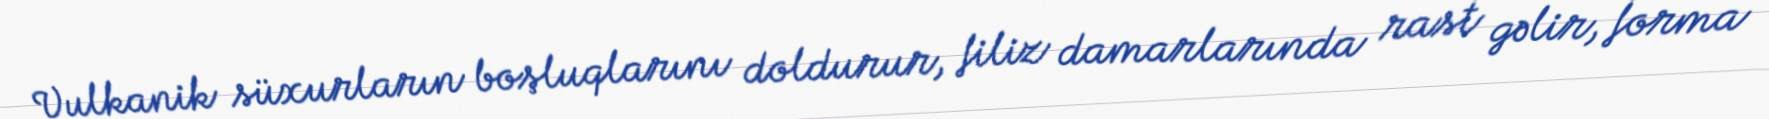
Vulkanik süxurların boşluqlarını doldurur, filiz damarlarında rast gəlir, forma